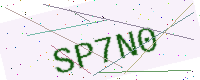
Text: SP7N0